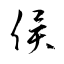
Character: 侯